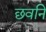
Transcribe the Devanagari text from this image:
छवनि